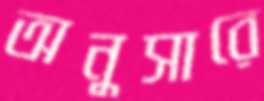
অনুসারে